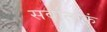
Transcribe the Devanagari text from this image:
सर्वात्मकं